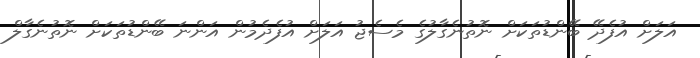
އަލަށް އުފެދޭ ބޭންޑުތަކަށް ނޮތުނެގާލުގެ މެސެޖު އަލަށް އުފެދެމުން އަންނަ ބޭންޑުތަކަށް ނޮތުނެގާލް